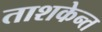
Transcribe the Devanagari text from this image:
ताशकेन्त